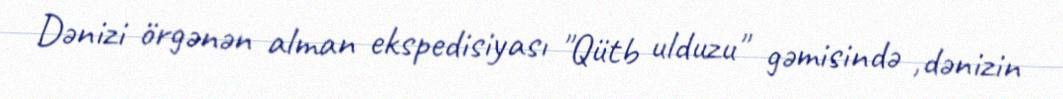
Dənizi örgənən alman ekspedisiyası "Qütb ulduzu" gəmisində ,dənizin